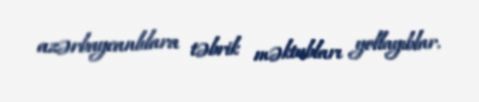
azərbaycanlılara təbrik məktubları yollayıblar.